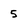
Character: 5